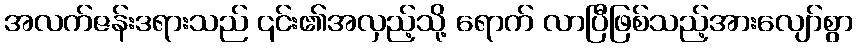
အလက်ဇန်းဒရားသည် ၎င်း၏အလှည့်သို့ ရောက် လာပြီဖြစ်သည့်အားလျော်စွာ